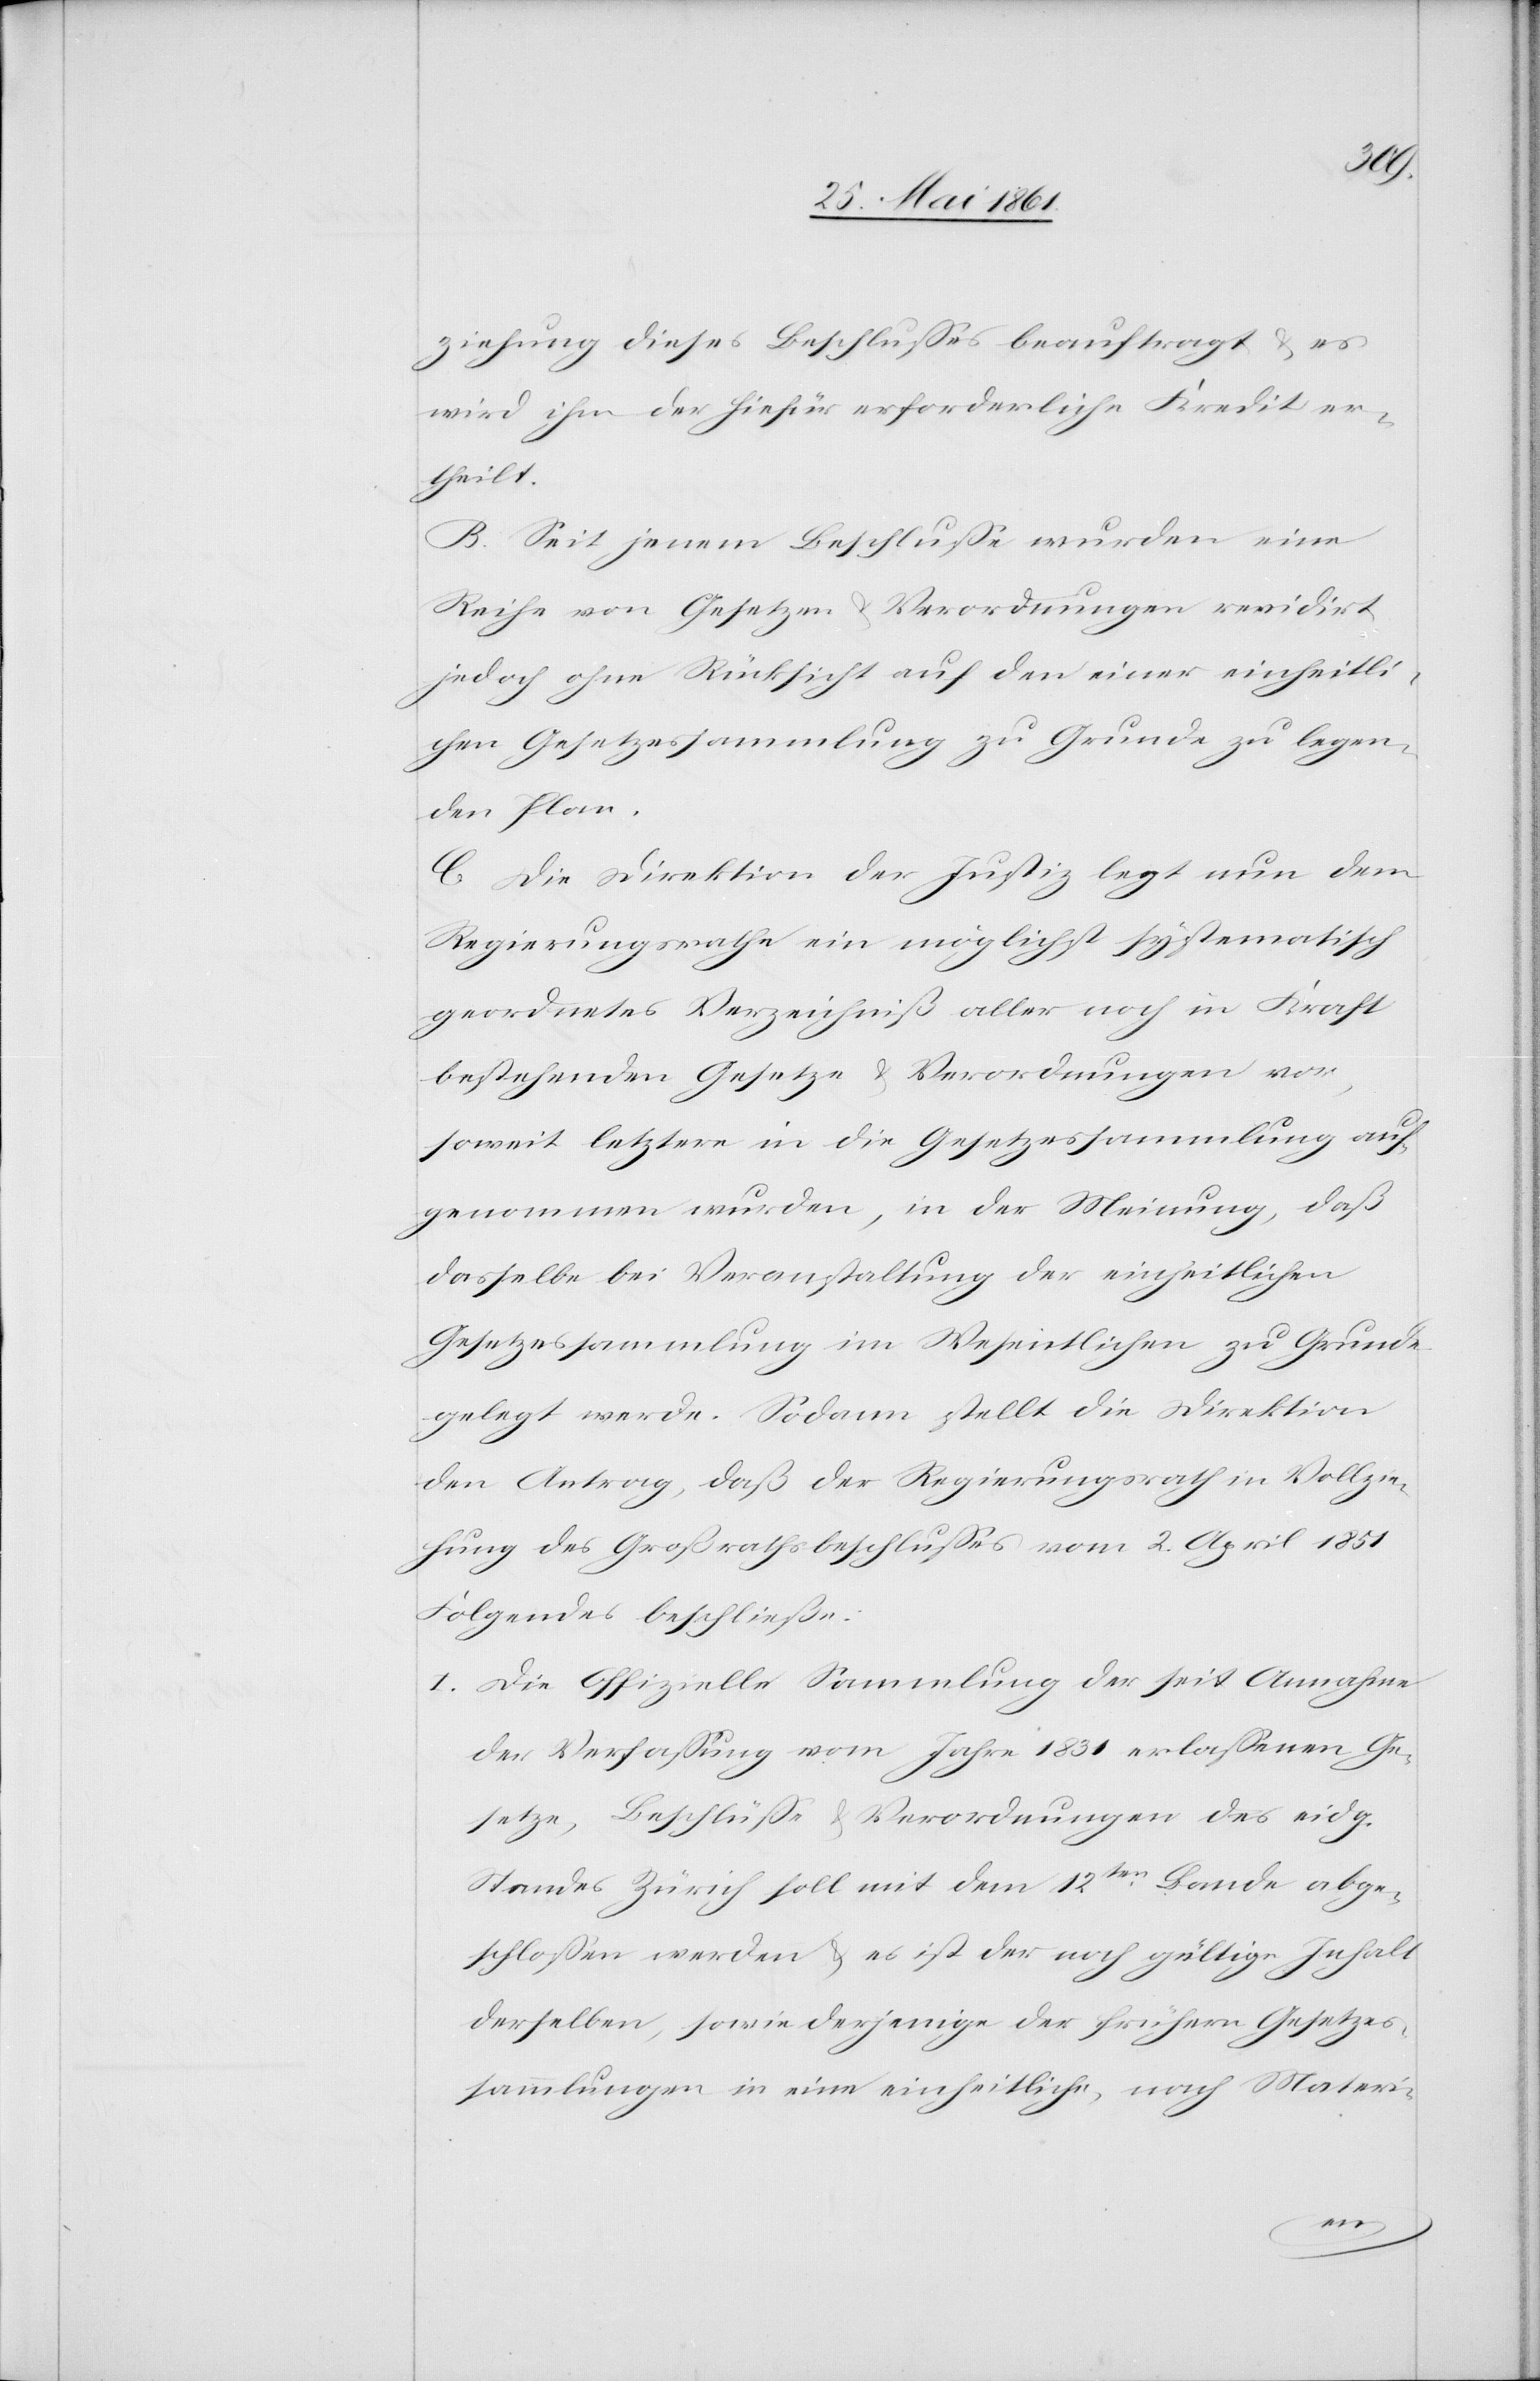
ziehung dieses Beschlusses beauftragt u. es
wird ihn [sic!] der hiefür erforderliche Kredit er¬
theilt.
B. Seit jenem Beschlusse wurden eine
Reihe von Gesetzen u. Verordnungen revidirt
jedoch ohne Rücksicht auf den einer einheitli¬
chen Gesetzessammlung zu Grunde zu legen¬
den Plan.
C. Die Direktion der Justiz legt nun dem
Regierungsrathe ein möglichst systematisch
geordnetes Verzeichniß aller noch in Kraft
bestehenden Gesetze u. Verordnungen vor,
soweit letztere in die Gesetzessammlung auf¬
genommen wurden, in der Meinung, daß
dasselbe bei Veranstaltung der einheitlichen
Gesetzessammlung im Wesentlichen zu Grunde
gelegt werde. Sodann stellt die Direktion
den Antrag, daß der Regierungsrath in Vollzie¬
hung des Großrathsbeschlusses vom 2. April 1851
Folgendes beschließe:
I. Die Offizielle Sammlung der seit Annahme
der Verfassung vom Jahre 1831 erlassenen Ge¬
setze, Beschlüsse u. Verordnungen des eidg.
Standes Zürich soll mit dem 12ten Bande abge¬
schlossen werden u. es ist der noch gültige Inhalt
derselben, sowie derjenige der frühern Gesetzes¬
sammlungen in eine einheitliche, nach Materi-